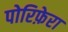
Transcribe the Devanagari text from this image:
पोरिफ़ेरा